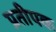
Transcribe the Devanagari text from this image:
प्रतीपक